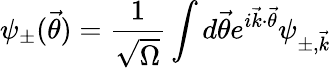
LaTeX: \psi_{\pm}(\vec{\theta})=\frac{1}{\sqrt{\Omega}}\int d\vec{\theta}e^{i\vec{k}\cdot\vec{\theta}}\psi_{\pm,\vec{k}}